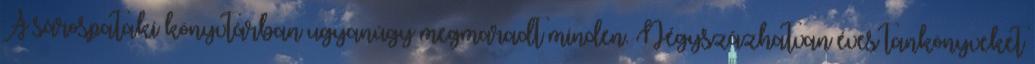
A sárospataki könyvtárban ugyanúgy megmaradt minden. Négyszázhatvan éves tankönyveket